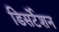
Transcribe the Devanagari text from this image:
डिसर्टेशन